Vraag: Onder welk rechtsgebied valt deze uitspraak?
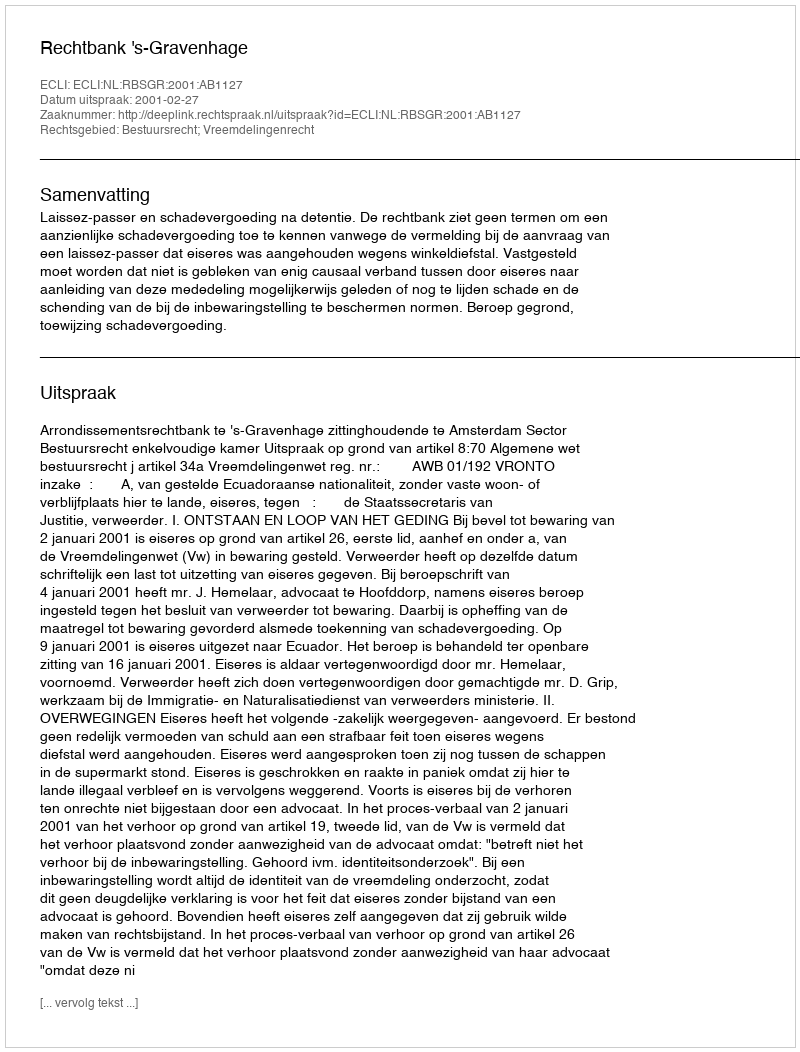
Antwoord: Bestuursrecht; Vreemdelingenrecht